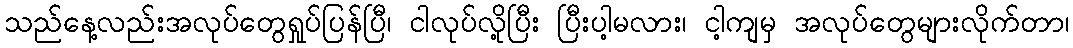
သည်နေ့လည်းအလုပ်တွေရှုပ်ပြန်ပြီ၊ ငါလုပ်လို့ပြီး ပြီးပါ့မလား၊ ငါ့ကျမှ အလုပ်တွေများလိုက်တာ၊